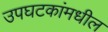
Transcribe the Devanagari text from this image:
उपघटकांमधील